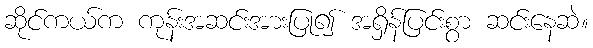
ဆိုင်ကယ်က ကုန်းအဆင်းအားပြု၍ အရှိန်ပြင်းစွာ ဆင်းနေဆဲ။